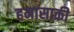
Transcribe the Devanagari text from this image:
हमासाकी